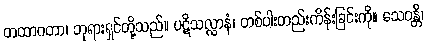
တထာဂတာ၊ ဘုရားရှင်တို့သည်။ ပဋိသလ္လာနံ၊ တစ်ပါးတည်းကိန်းခြင်းကို။ သေဝန္တိ၊